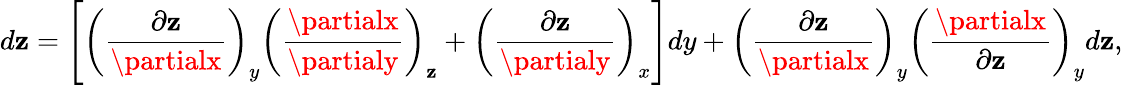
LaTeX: d\mathbf{z}=\left[{\left({\frac{{\partial\mathbf{z}}}{{\partialx}}}\right)}_{y}{\left({\frac{{\partialx}}{{\partialy}}}\right)}_{\mathbf{z}}+{\left({\frac{{\partial\mathbf{z}}}{{\partialy}}}\right)}_{x}\right]dy+{\left({\frac{{\partial\mathbf{z}}}{{\partialx}}}\right)}_{y}{\left({\frac{{\partialx}}{{\partial\mathbf{z}}}}\right)}_{y}d\mathbf{z},